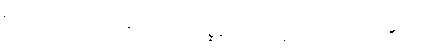
မရဏဿ, အဟိ ဝါ မံ ဍံသေယျ, ဝိစ္ဆိကော ဝါ မံ ဍံသေယျ, သတပဒီ ဝါ မံ